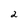
Character: 2